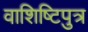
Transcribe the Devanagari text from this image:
वाशिष्टिपुत्र